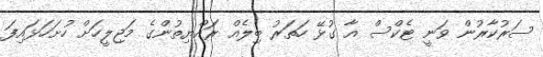
ސަރުކާރުން ވަނީ ޓެކްސް އާ ގުޅޭ ހަތަރު ބިލެއް ރައްޔިތުންގެ މަޖިލީހަށް ހުށަހަޅައިފަ